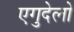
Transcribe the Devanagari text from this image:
एगुदेलो